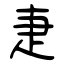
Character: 疌